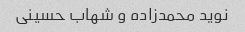
نوید محمدزاده و شهاب حسینی